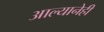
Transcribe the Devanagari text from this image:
आल्यानेही